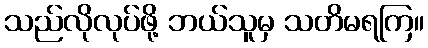
သည်လိုလုပ်ဖို့ ဘယ်သူမှ သတိမရကြ။